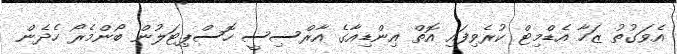
އެވަގުތު ޒަހާ އެޑްމިޓް ކުރެވިފައި އޮތް އިންޑިއާގެ އާރްސިސީ ހޮސްޕިޓަލުން ބޯންމެރޯ ހެދެން